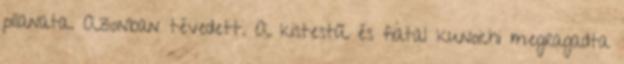
pillanata. Azonban tévedett. A kistestű és fiatal kunoichi megragadta